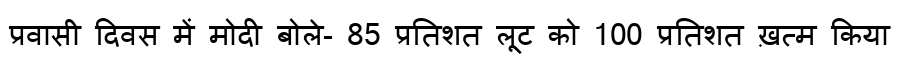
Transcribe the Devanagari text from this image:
प्रवासी दिवस में मोदी बोले- 85 प्रतिशत लूट को 100 प्रतिशत ख़त्म किया